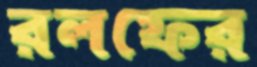
রলফের